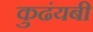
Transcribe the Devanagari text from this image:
कुढंयबी